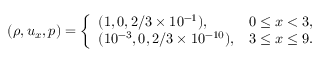
( \rho , u _ { x } , p ) = \left\{ \begin{array} { l l } { ( 1 , 0 , 2 / 3 \times 1 0 ^ { - 1 } ) , } & { 0 \leq x < 3 , } \\ { ( 1 0 ^ { - 3 } , 0 , 2 / 3 \times 1 0 ^ { - 1 0 } ) , } & { 3 \leq x \leq 9 . } \end{array} \right.